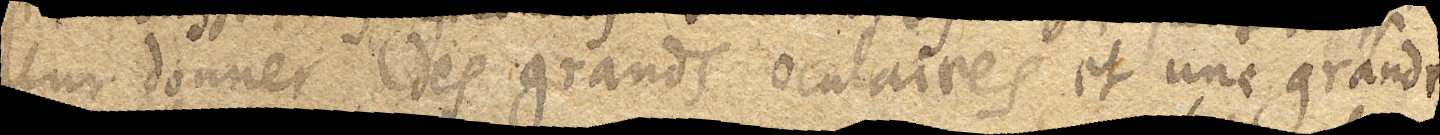
leur donner des grands oculaires et une grande